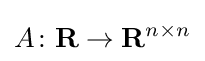
A\colon \mathbf {R} \to \mathbf {R} ^{n\times n}